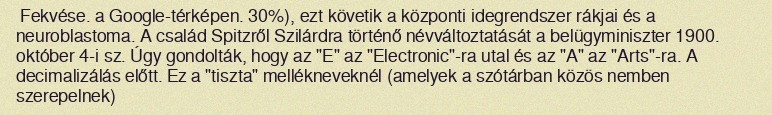
Fekvése. a Google-térképen. 30%), ezt követik a központi idegrendszer rákjai és a neuroblastoma. A család Spitzről Szilárdra történő névváltoztatását a belügyminiszter 1900. október 4-i sz. Úgy gondolták, hogy az "E" az "Electronic"-ra utal és az "A" az "Arts"-ra. A decimalizálás előtt. Ez a "tiszta" mellékneveknél (amelyek a szótárban közös nemben szerepelnek)